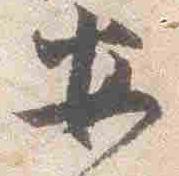
安